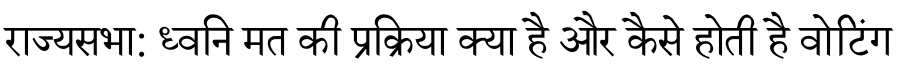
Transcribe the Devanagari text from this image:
राज्यसभा: ध्वनि मत की प्रक्रिया क्या है और कैसे होती है वोटिंग